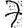
Digit: 7